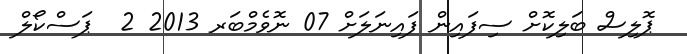
ޕޮލިސް ބަލިކޮށް ސިފައިން ފައިނަލަށް 07 ނޮވެމްބަރ 2013 2  ޕަސްކޯލް